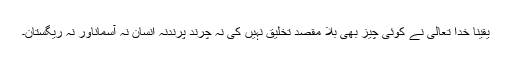
یقیناً خدا تعالیٰ نے کوئی چیز بھی بلا مقصد تخلیق نہیں کی نہ چرند پرندنہ انسان نہ آسماناور نہ ریگستان۔